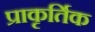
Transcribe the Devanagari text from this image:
प्राकृर्तिक